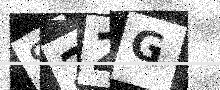
Text: S22G